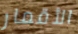
الأقمار